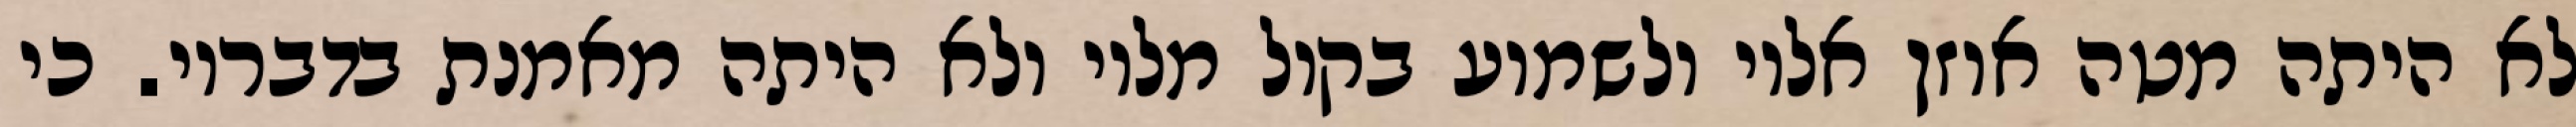
לא היתה מטה אוזן אליו ולשמוע בקול מליו ולא היתה מאמנת בדבריו. כי